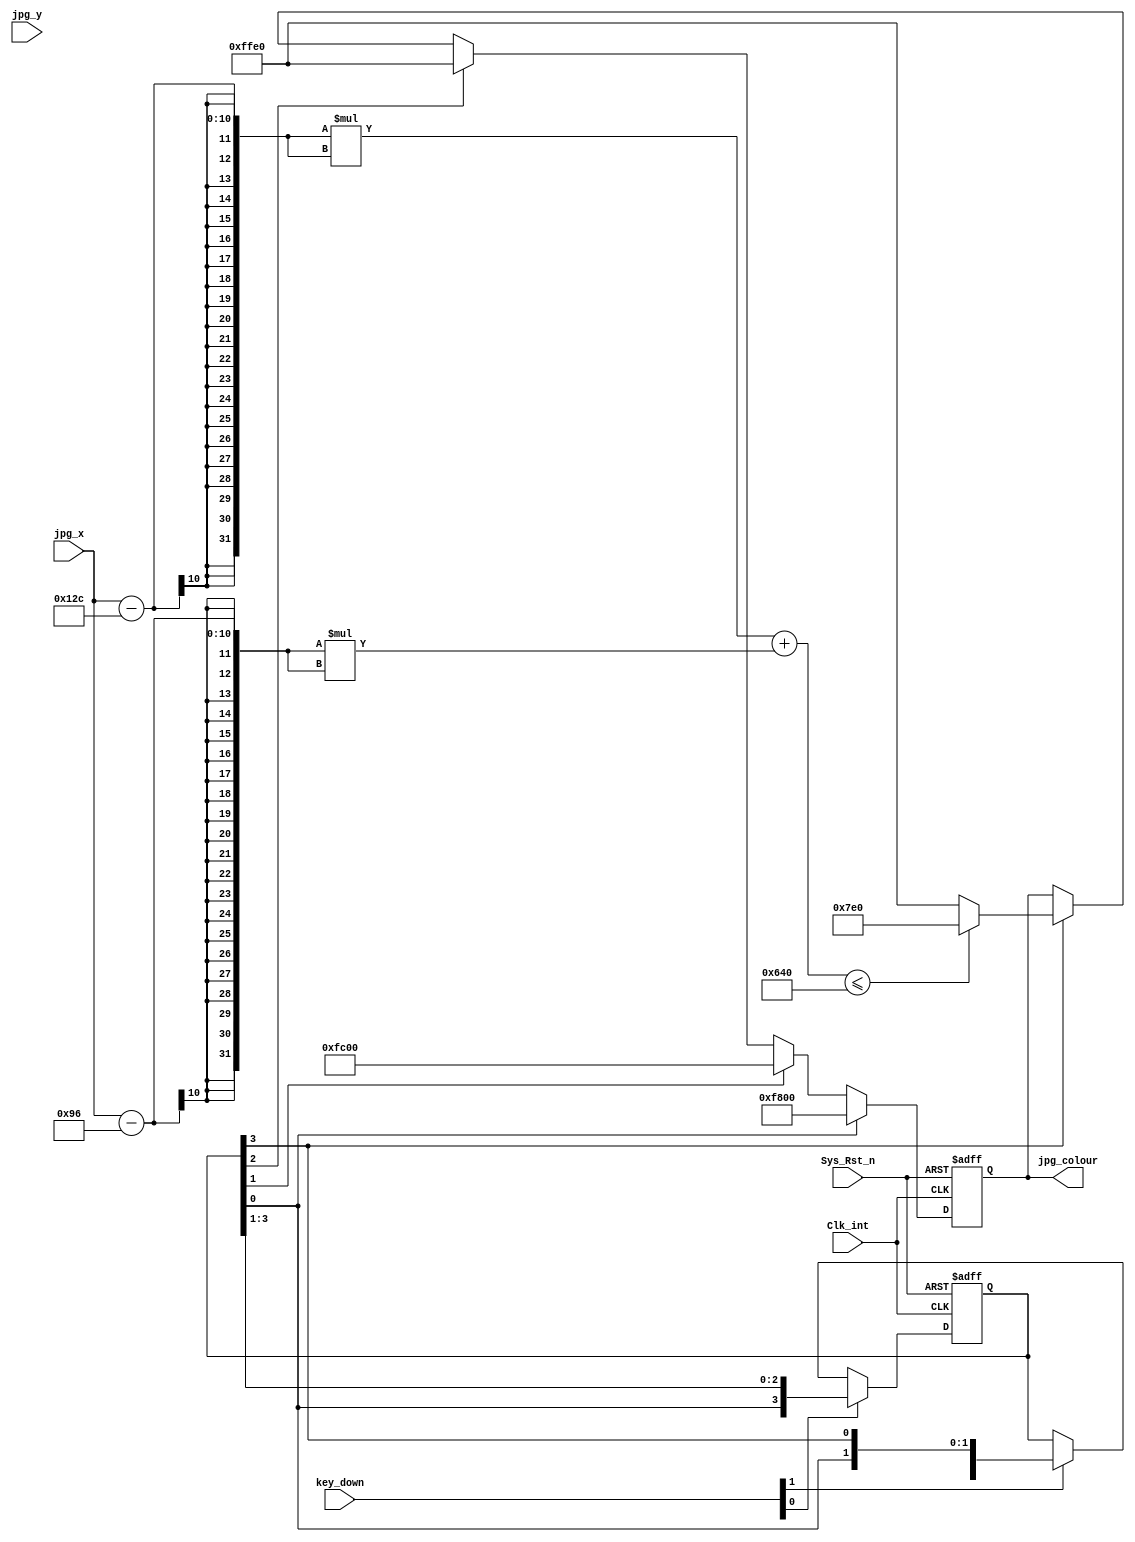
// VGA_jpgmoduleo
//2023-10-31
//VGA_jpg

module  VGA_jpg
(
    input   wire            Clk_int     ,   //,25MHz
    input   wire            Sys_Rst_n   ,   //,
    input   wire    [9:0]   jpg_x       ,   //VGAX
    input   wire    [9:0]   jpg_y       ,   //VGAY
    input   wire    [1:0]   key_down    ,

    output  reg     [15:0]  jpg_colour        //
);

parameter   H_VALID =   10'd640 ,   //
            V_VALID =   10'd480 ;   //

parameter   RED     =   16'hF800,   //
            ORANGE  =   16'hFC00,   //
            YELLOW  =   16'hFFE0,   //
            GREEN   =   16'h07E0,   //
            CYAN    =   16'h07FF,   //
            BLUE    =   16'h001F,   //
            PURPPLE =   16'hF81F,   //
            BLACK   =   16'h0000,   //
            WHITE   =   16'hFFFF,   //
            GRAY    =   16'hD69A;   //

reg  [3:0]      jpg;
//********************************************************************//
//***************************** Main Code ****************************//
//********************************************************************//

// //jpg_colour:,
// always@(posedge Clk_int or negedge Sys_Rst_n)
//     if(Sys_Rst_n == 1'b0)
//         jpg_colour    <= 16'd0;
//     else    if((jpg_x >= 0) && (jpg_x < (H_VALID/10)*1))
//         jpg_colour    <=  RED;
//     else    if((jpg_x >= (H_VALID/10)*1) && (jpg_x < (H_VALID/10)*2))
//         jpg_colour    <=  ORANGE;
//     else    if((jpg_x >= (H_VALID/10)*2) && (jpg_x < (H_VALID/10)*3))
//         jpg_colour    <=  YELLOW;
//     else    if((jpg_x >= (H_VALID/10)*3) && (jpg_x < (H_VALID/10)*4))
//         jpg_colour    <=  GREEN;
//     else    if((jpg_x >= (H_VALID/10)*4) && (jpg_x < (H_VALID/10)*5))
//         jpg_colour    <=  CYAN;
//     else    if((jpg_x >= (H_VALID/10)*5) && (jpg_x < (H_VALID/10)*6))
//         jpg_colour    <=  BLUE;
//     else    if((jpg_x >= (H_VALID/10)*6) && (jpg_x < (H_VALID/10)*7))
//         jpg_colour    <=  PURPPLE;
//     else    if((jpg_x >= (H_VALID/10)*7) && (jpg_x < (H_VALID/10)*8))
//         jpg_colour    <=  BLACK;
//     else    if((jpg_x >= (H_VALID/10)*8) && (jpg_x < (H_VALID/10)*9))
//         jpg_colour    <=  WHITE;
//     else    if((jpg_x >= (H_VALID/10)*9) && (jpg_x < H_VALID))
//         jpg_colour    <=  GRAY;
//     else
//         jpg_colour    <=  BLACK;

always@(posedge Clk_int or negedge Sys_Rst_n)
    if(Sys_Rst_n == 1'b0)
        jpg    <= 4'b0001;
     else    if(key_down[0])
        jpg    <=  {jpg[0],jpg[3:1]};
     else    if(key_down[1])
        jpg    <=  {jpg[2:0],jpg[3]};

//jpg_colour:,
always@(posedge Clk_int or negedge Sys_Rst_n)
    if(Sys_Rst_n == 1'b0)
        jpg_colour    <= 16'd0;
    else    if(jpg[0])
        jpg_colour    <=  RED;
    else    if(jpg[1])
        jpg_colour    <=  ORANGE;
    else    if(jpg[2])
        jpg_colour    <=  YELLOW;
    else    if(jpg[3])
        if((jpg_x-300)*(jpg_x-300)+(jpg_x-150)*(jpg_x-150)<=1600)
        jpg_colour    <=  GREEN;
        else
        jpg_colour    <=  YELLOW;

endmodule